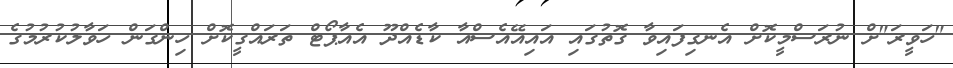
"ހަވީރަ"ށް ނުރަސްމީކޮށް އެނގިފައިވާ ގޮތުގައި އައިއޭއެސްއާ ކާޑެއްދޫ އެއާޕޯޓް ތަރައްގީކޮށް ހިންގަން ހަވާލުކުރުމުގެ